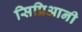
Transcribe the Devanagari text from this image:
सिप्रिआनी